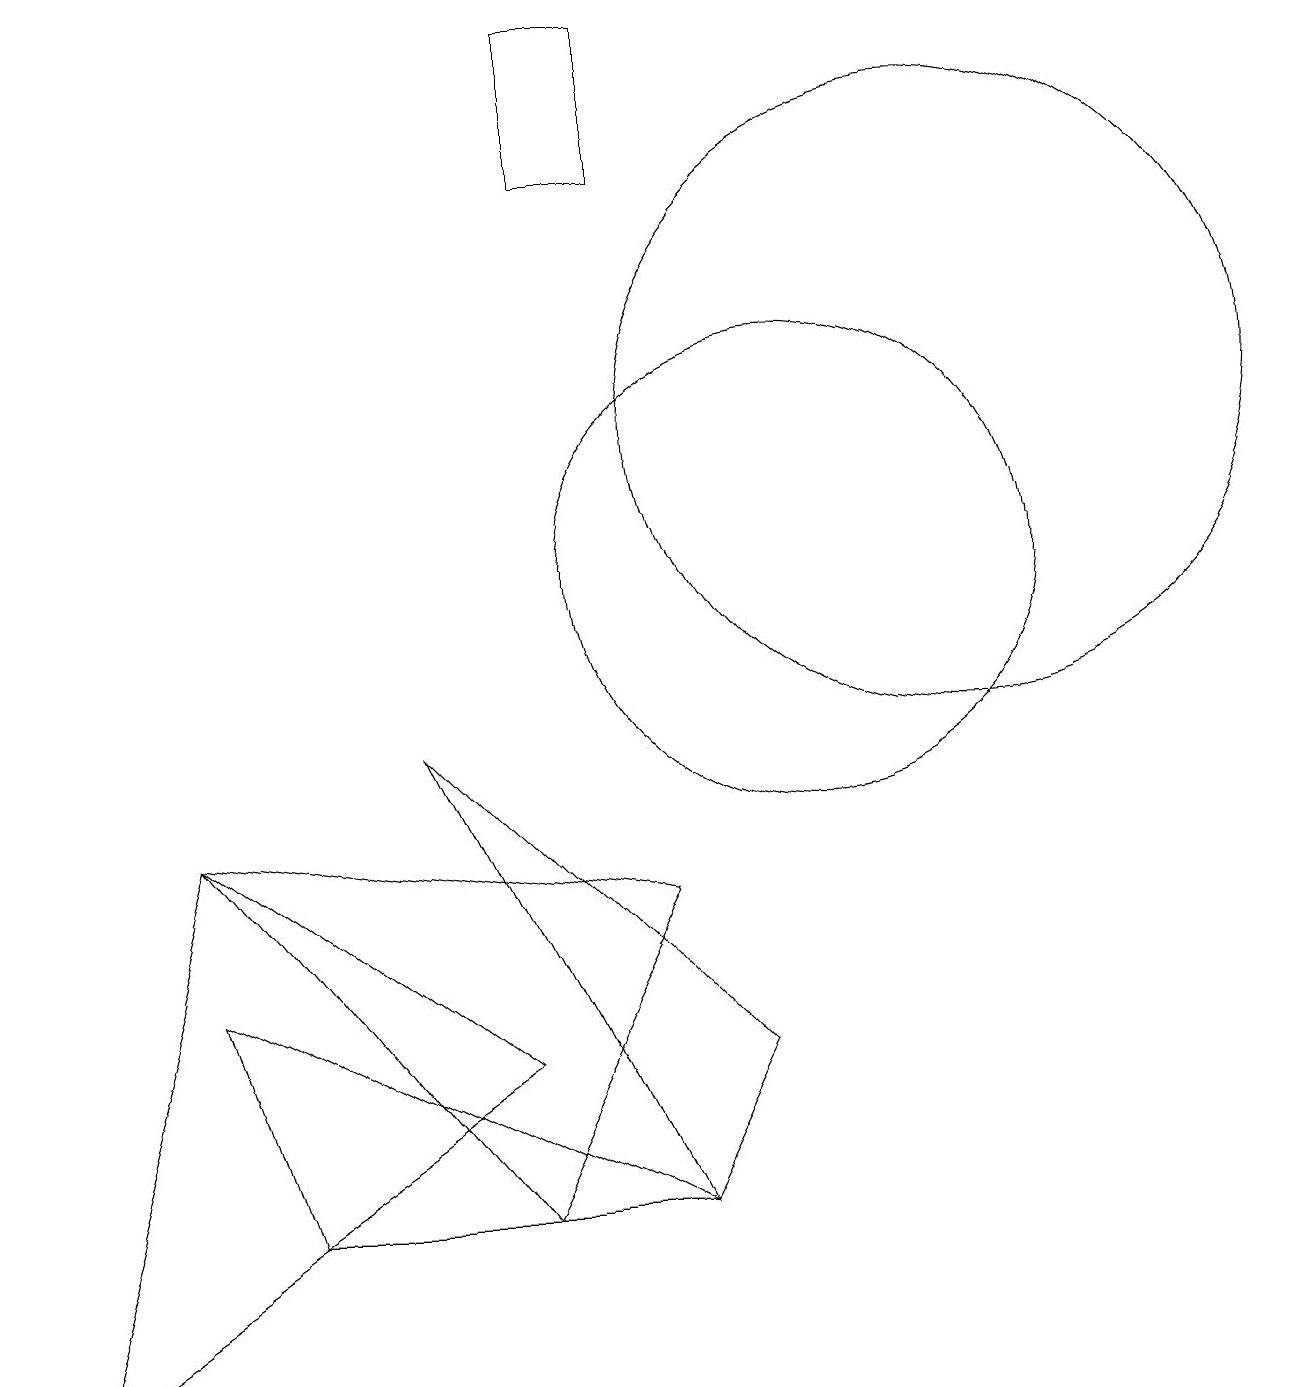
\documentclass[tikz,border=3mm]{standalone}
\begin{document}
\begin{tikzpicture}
\draw (12,12) circle (4);
\draw (2,7) -- (6,2) -- (8,6) -- cycle;
\draw (6,4) -- (0,0) -- (2,7) -- cycle;
\draw (2,5) -- (3,2) -- (8,2) -- cycle;
\draw (8,2) -- (5,8) -- (9,4) -- cycle;
\draw (10,10) circle (3);
\draw (7,15) rectangle (8,17);
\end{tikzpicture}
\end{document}